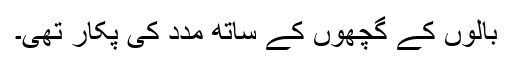
بالوں کے گچھوں کے ساتھ مدد کی پکار تھی۔